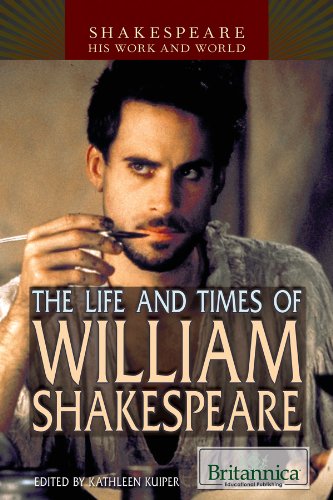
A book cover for The Life and Times of William Shakespeare (Shakespeare: His Work and World); Teen & Young Adult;